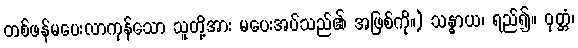
တစ်ဖန်မပေးလာကုန်သော သူတို့အား မပေးအပ်သည်၏ အဖြစ်ကို။) သန္ဓာယ၊ ရည်၍။ ဝုတ္တံ၊